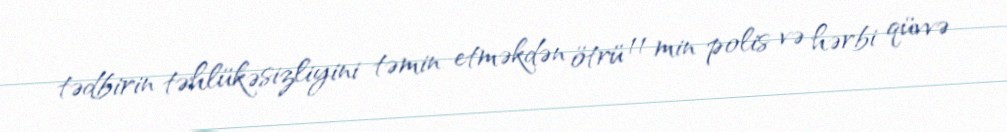
tədbirin təhlükəsizliyini təmin etməkdən ötrü 11 min polis və hərbi qüvvə